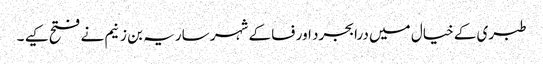
طبری کے خیال میں درابجرد اور فسا کے شہر ساریہ بن زنیم نے فتح کیے ۔